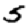
Digit: 5